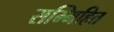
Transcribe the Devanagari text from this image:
सम्मिहित